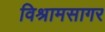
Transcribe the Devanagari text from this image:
विश्रामसागर